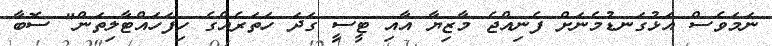
ނަމަވެސް އަޅުގަނޑުމެނަށް ފެނިއްޖެ މާޒިޔާ އާއި ޓީސީ ގަދަ ހަތަރެއްގެ ހިފަހައްޓާލިތަން" ސޮބާ